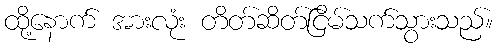
ထို့နောက် အားလုံး တိတ်ဆိတ်ငြိမ်သက်သွားသည်။